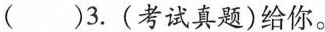
( )3. (考试真题)给你。